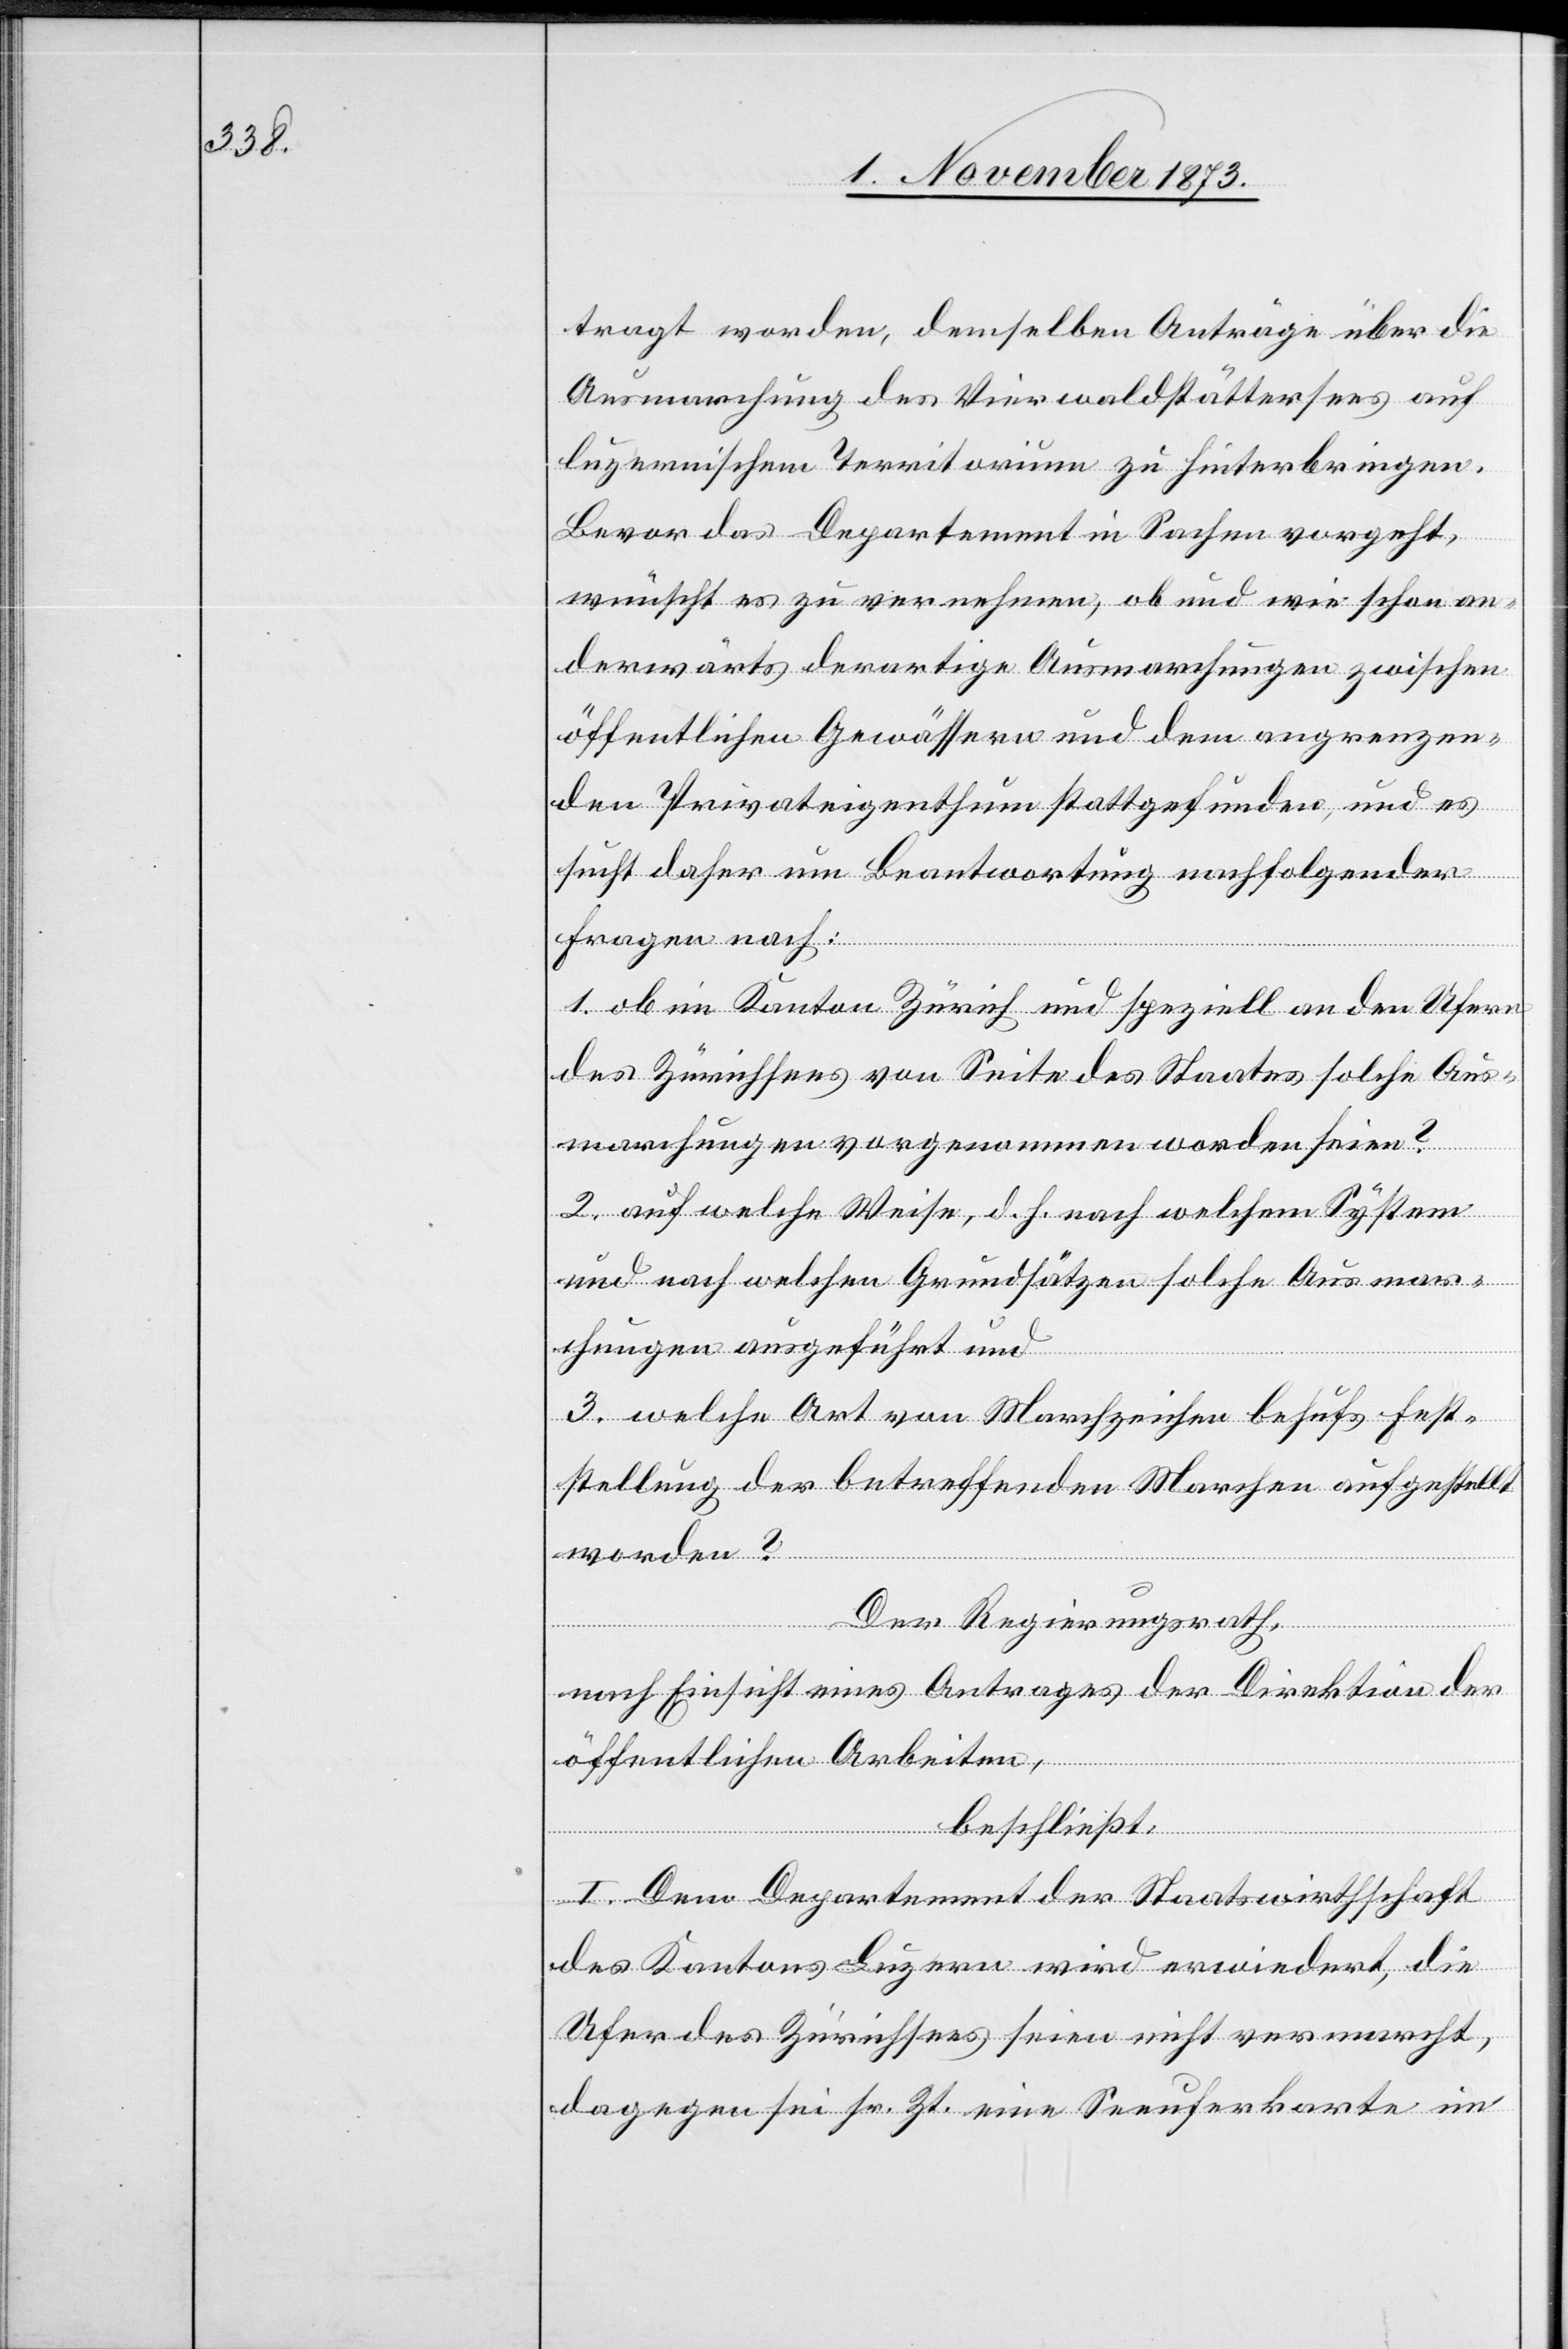
tragt worden, demselben Anträge über die
Ausmarchung des Vierwaldstättersees auf
luzernischem Territorium zu hinterbringen.
Bevor das Departement in Sachen vorgeht,
wünscht es zu vernehmen, ob und wie schon an¬
derwärts derartige Ausmarchungen zwischen
öffentlichen Gewässern und dem angrenzen¬
den Privateigenthum stattgefunden, und es
sucht daher um Beantwortung nachfolgender
Fragen nach:
1. ob im Kanton Zürich und speziell an den Ufern
des Zürichsees von Seite des Staates solche Aus¬
marchungen vorgenommen worden seien?
2. auf welche Weise, d. h. nach welchem System
und nach welchen Grundsätzen solche Ausmar¬
chungen ausgeführt und
3. welche Art von Marchzeichen behufs Fest¬
stellung der betreffenden Marchen aufgestellt
worden?
Der Regierungsrath,
nach Einsicht eines Antrages der Direktion der
öffentlichen Arbeiten,
beschließt:
l. Dem Departement der Staatswirthschaft
des Kantons Luzern wird erwiedert, die
Ufer des Zürichsees seien nicht vermarcht,
dagegen sei sr. Zt. eine Seeuferkarte im